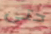
حتى